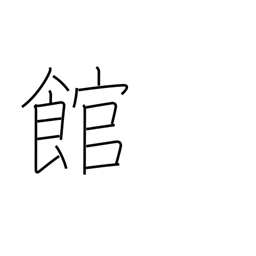
Meaning: building